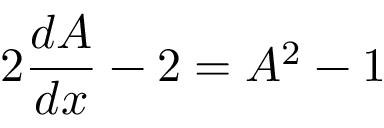
2 { \frac { d A } { d x } } - 2 = A ^ { 2 } - 1